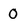
Character: 0